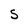
Character: S